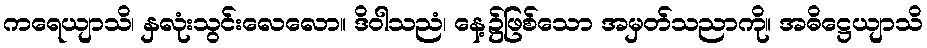
ကရေယျာသိ၊ နှလုံးသွင်းလေလော။ ဒိဝါသညံ၊ နေ့၌ဖြစ်သော အမှတ်သညာကို။ အဓိဋ္ဌေယျာသိ